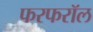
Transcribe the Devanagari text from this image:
फरफरॉल